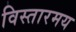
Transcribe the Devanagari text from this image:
विस्तारमय